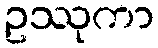
ဥဿုကာ